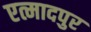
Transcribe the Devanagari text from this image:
एत्मादपुर